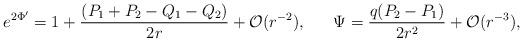
LaTeX: \begin{align*}e^{2\Phi'}=1+{{ (P_1+P_2-Q_1-Q_2)}\over {2r}} + {\cal O}(r^{-2}),\ \ \ \ \ \Psi ={{q(P_2- P_1)}\over {2r^2}} +{\cal O} ( r^{-3}),\end{align*}